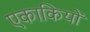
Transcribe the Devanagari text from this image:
एकाकियों